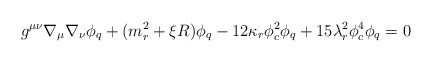
\begin{align*}g^{\mu \nu }\nabla _\mu \nabla _\nu \phi _q+(m_r^2+\xi R)\phi_q-12\kappa _r\phi _c^2\phi _q+15\lambda _r^2\phi _c^4\phi _q=0\end{align*}